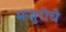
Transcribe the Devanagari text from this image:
मजुरीचे